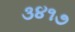
૩૪૧૭